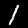
Label: 1